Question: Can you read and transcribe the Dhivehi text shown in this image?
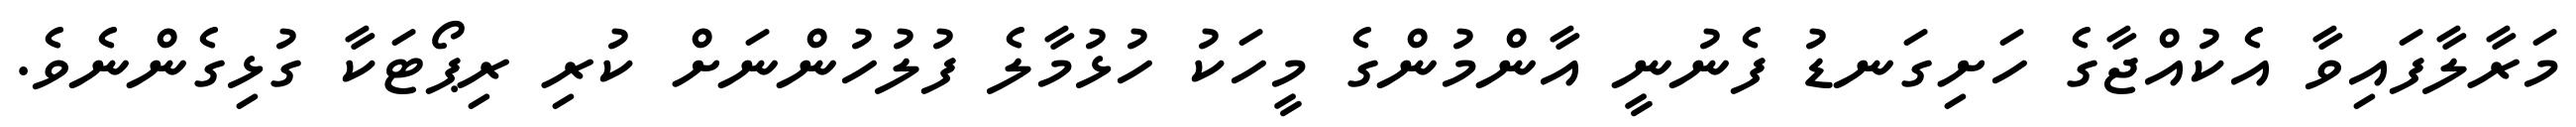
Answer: މަރާލާފައިވާ އެކުއްޖާގެ ހަށިގަނޑު ފެނުނީ އާންމުންގެ މީހަކު ހުޅުމާލެ ފުލުހުންނަށް ކުރި ރިޕޯޓަކާ ގުޅިގެންނެވެ.